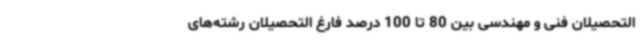
التحصیلان فنی و مهندسی بین 80 تا 100 درصد فارغ التحصیلان رشته‌های